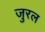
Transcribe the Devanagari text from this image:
जुरल